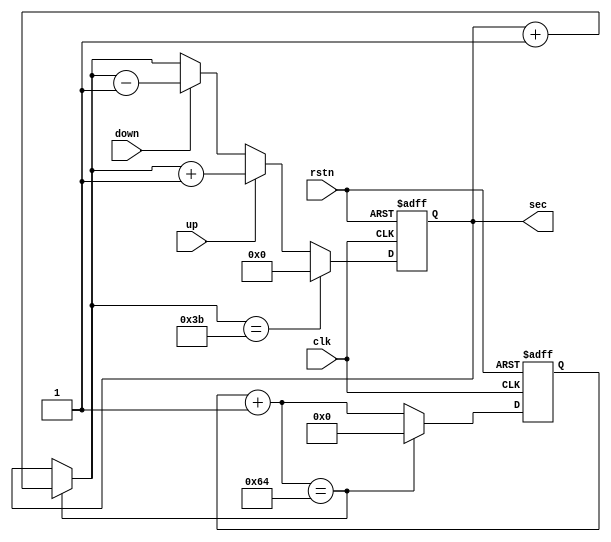
`timescale 1ns / 1ps
//////////////////////////////////////////////////////////////////////////////////
// Company: 
// Engineer: 
// 
// Design Name: 
// Module Name: counter
// Project Name: 
// Target Devices: 
// Tool Versions: 
// Description: 
// 
// Dependencies: 
// 
// Revision:
// Revision 0.01 - File Created
// Additional Comments:
// 
//////////////////////////////////////////////////////////////////////////////////


module counter(
    input clk, rstn,
    input up, down,
    output reg [5:0] sec
    );
    
    reg [6:0] cnt;
    
    always @(posedge clk, negedge rstn) begin
        if (!rstn) begin
            cnt = 7'b0000000;
            sec = 6'b000000;
        end
        
        else begin
            cnt = cnt + 1;
            if (cnt == 7'b1100100) begin
                sec = sec + 1;
                cnt = 7'b0000000;
            end
            
            if (sec == 59) begin
                sec = 6'b000000;
            end
            
            else if (up) begin
                sec = sec + 1;
            end
            else if (down) begin
                sec = sec - 1;
            end
        end
    end
    
endmodule